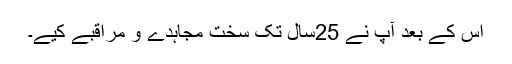
اس کے بعد آپ نے 25سال تک سخت مجاہدے و مراقبے کیے۔